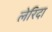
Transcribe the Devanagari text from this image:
लेरिदा